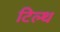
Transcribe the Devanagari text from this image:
टिल्थ